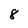
Character: 8